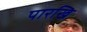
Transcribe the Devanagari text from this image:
पारखि